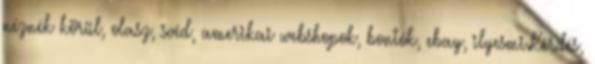
néznék körül, olasz, svéd, amerikai webshopok, bontók, ebay, ilyesmi.Kérdés,